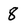
Character: 8